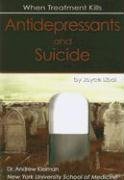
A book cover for Antidepressants and Suicide: When Treatment Kills; Joyce Libal; Teen & Young Adult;